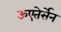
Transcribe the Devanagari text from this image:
ऊएतेर्सेन